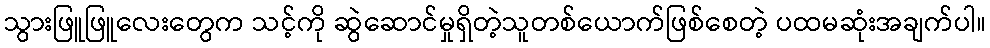
သွားဖြူဖြူလေးတွေက သင့်ကို ဆွဲဆောင်မှုရှိတဲ့သူတစ်ယောက်ဖြစ်စေတဲ့ ပထမဆုံးအချက်ပါ။